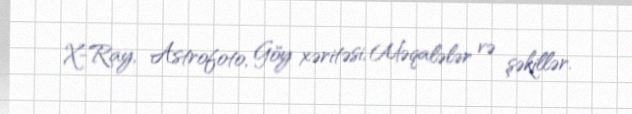
X-Ray, Astrofoto, Göy xəritəsi, Məqalələr və şəkillər.